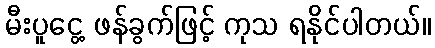
မီးပူငွေ့ ဖန်ခွက်ဖြင့် ကုသ ရနိုင်ပါတယ်။